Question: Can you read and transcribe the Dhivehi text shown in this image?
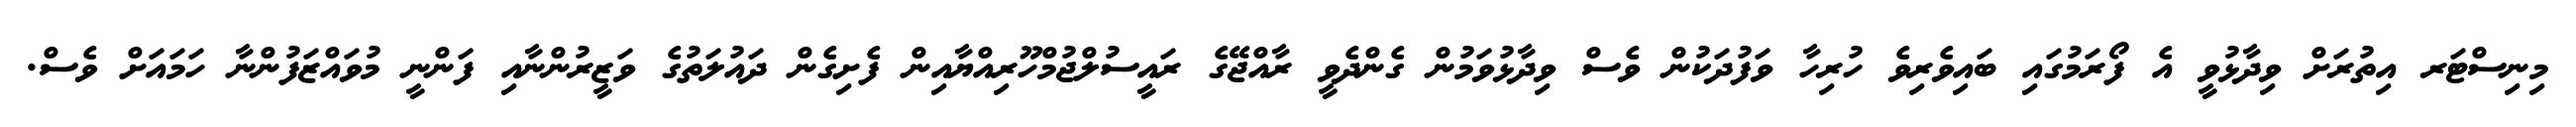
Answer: މިނިސްޓަރ އިތުރަށް ވިދާޅުވީ އެ ފޯރަމުގައި ބައިވެރިވެ ހުރިހާ ވަފުދަކުން ވެސް ވިދާޅުވަމުން ގެންދެވީ ރާއްޖޭގެ ރައީސުލްޖުމްހޫރިއްޔާއިން ފެށިގެން ދައުލަތުގެ ވަޒީރުންނާއި ފަންނީ މުވައްޒަފުންނާ ހަމައަށް ވެސް.